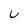
Character: u